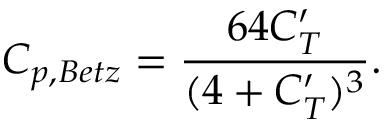
C _ { p , B e t z } = \frac { 6 4 C _ { T } ^ { \prime } } { ( 4 + C _ { T } ^ { \prime } ) ^ { 3 } } .